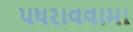
પધરાવવામા